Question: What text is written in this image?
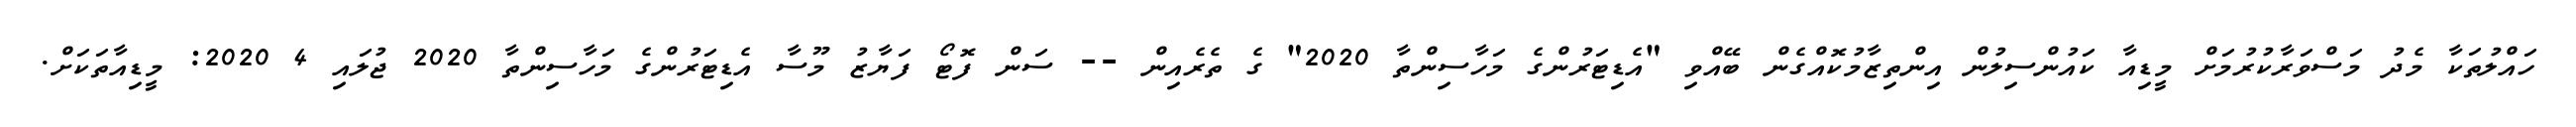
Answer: ހައްލުތަކާ މެދު މަސްވަރާކުރުމަށް މީޑިއާ ކައުންސިލުން އިންތިޒާމުކޮއްގެން ބޭއްވި "އެޑިޓަރުންގެ މަހާސިންތާ 2020" ގެ ތެރެއިން -- ސަން ފޮޓޯ ފަޔާޒު މޫސާ އެޑިޓަރުންގެ މަހާސިންތާ 2020 ޖުލައި 4 2020: މީޑިއާތަކަށް.